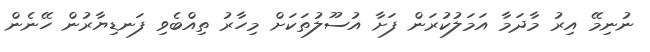
ނުނިމޭ އިރު މާދަމާ އަމަލުކުރަން ފަށާ އުސޫލުތަކަށް މިހާރު ތިއްބެވި ފަނޑިޔާރުން ހޭނެން